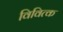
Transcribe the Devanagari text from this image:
विवित्क